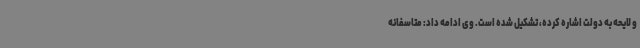
و لایحه به دولت اشاره کرده، تشکیل شده است. وی ادامه داد: متاسفانه